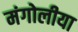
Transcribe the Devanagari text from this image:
मंगोलीया